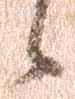
候